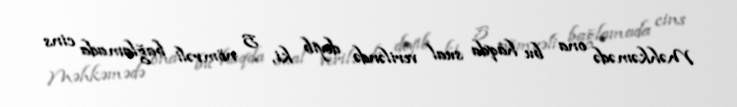
Məhkəmədə ona bu haqda sual veriləndə deyib ki, 5 nömrəli bağlamada cins